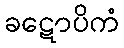
ခဋောပိကံ